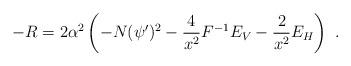
LaTeX: \begin{align*}-R =2\alpha^2\left( -N(\psi')^2-{4\over{x^2}} F^{-1} E_V-{2\over{x^2}} E_H\right)\ .\end{align*}